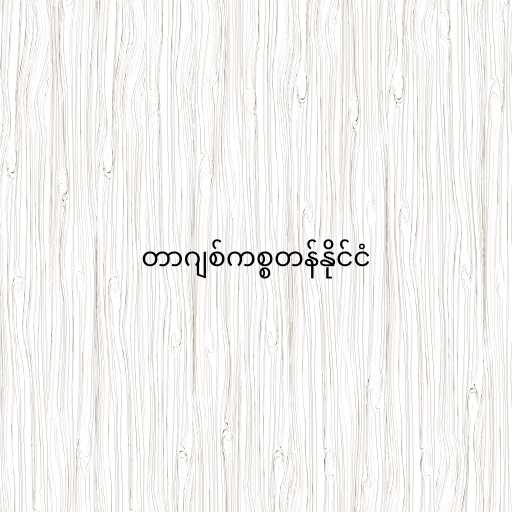
တာဂျစ်ကစ္စတန်နိုင်ငံ